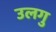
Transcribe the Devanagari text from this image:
उलगु